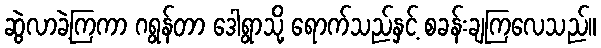
ဆွဲလာခဲ့ကြကာ ဂရွန်တာ ဒေါရွာသို့ ရောက်သည်နှင့် စခန်းချကြလေသည်။